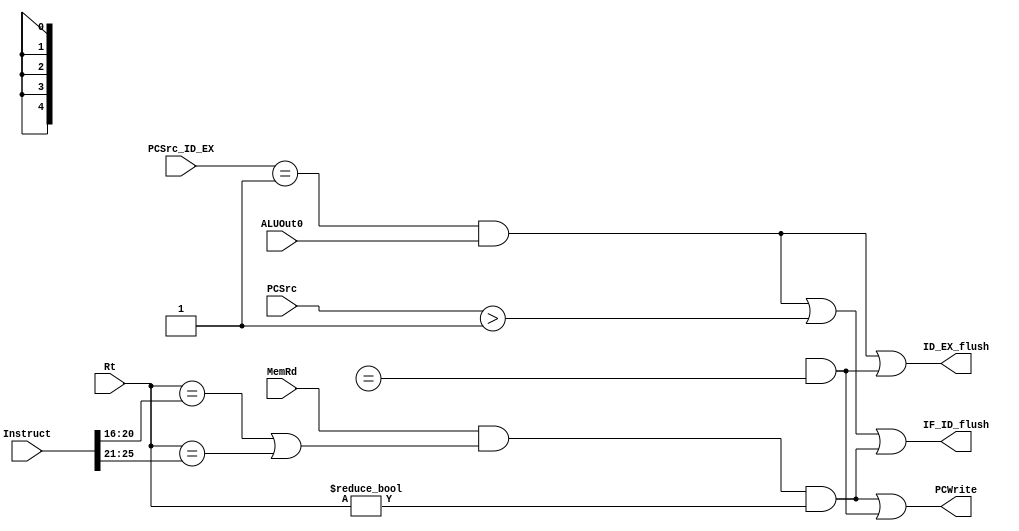
module Hazard(MemRd,Rt,Instruct,IF_ID_flush,PCWrite,PCSrc_ID_EX,ALUOut0,ID_EX_flush,PCSrc);
  input [2:0]PCSrc_ID_EX,PCSrc;
  input [31:0]Instruct;
  input [4:0]Rt;
  input MemRd,ALUOut0;
  output IF_ID_flush;
  output PCWrite;
  output ID_EX_flush;
  wire JR_Hazard;
  assign JR_Hazard=Instruction_IF_ID[31:26]==6'b000000&Instruction_IF_ID[5:1]==5'b00100&Rd_ID_EX==Instruction_IF_ID[25:21];
  assign IF_ID_flush=((PCSrc_ID_EX==3'b001)&&ALUOut0)||(PCSrc>3'b001)||(MemRd&&(Rt==Instruct[20:16]||Rt==Instruct[25:21])&&(Rt!=0));
  assign ID_EX_flush=(PCSrc_ID_EX==3'b001)&&ALUOut0||JR_Hazard;
  assign PCWrite=MemRd&&(Rt==Instruct[20:16]||Rt==Instruct[25:21])&&(Rt!=0)||JR_Hazard;
endmodule